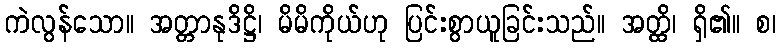
ကဲလွန်သော။ အတ္တာနုဒိဋ္ဌိ၊ မိမိကိုယ်ဟု ပြင်းစွာယူခြင်းသည်။ အတ္ထိ၊ ရှိ၏။ စ၊